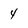
Character: 4